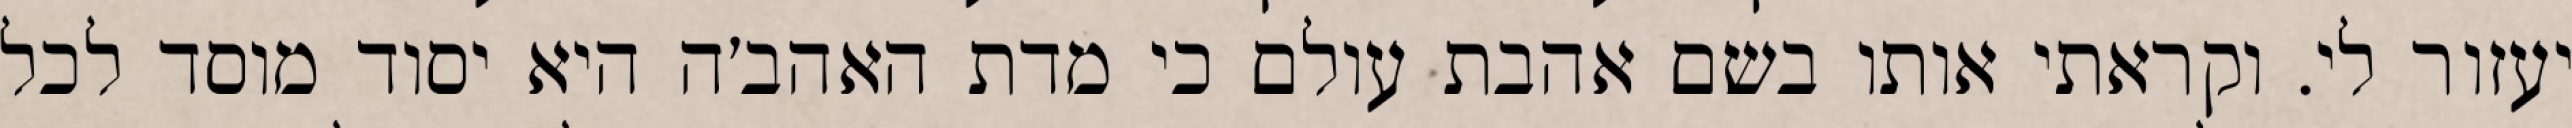
יעזור לי. וקראתי אותו בשם אהבת עולם כי מדת האהב׳ה היא יסוד מוסד לכל